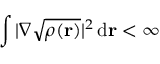
\int | \nabla \sqrt { \rho ( \mathbf { r } ) } | ^ { 2 } \, \mathrm { d } \mathbf { r } < \infty